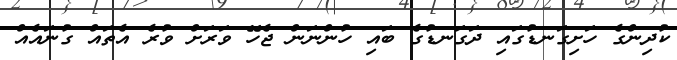
ކުދިންގެ ހަށިގަނޑުގައި ދަގަނޑުގެ ބައި ހުންނަން ޖެހޭ ވަރަށް ވުރެ އެތައް ގުނައެއް